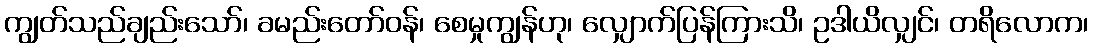
ကျွတ်သည်ချည်းသော်၊ ခမည်းတော်ဝန်၊ စေမှုကျွန်ဟု၊ လျှောက်ပြန်ကြားသိ၊ ဥဒါယိလျှင်၊ တရိလောက၊